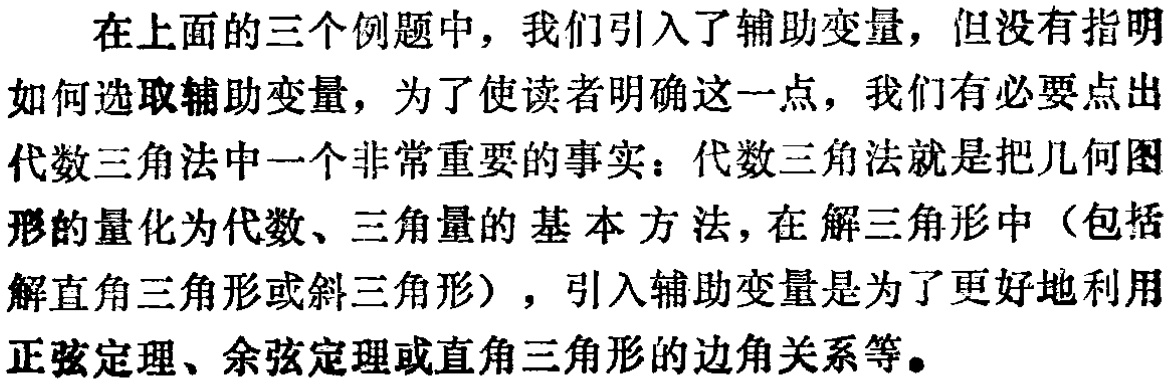
在上面的三个例题中，我们引入了辅助变量，但没有指明
如何选取辅助变量，为了使读者明确这一点，我们有必要点出
代数三角法中一个非常重要的事实：代数三角法就是把几何图
形的量化为代数、三角量的基本方法，在解三角形中（包括
解直角三角形或斜三角形），引入辅助变量是为了更好地利用
正弦定理、余弦定理或直角三角形的边角关系等。